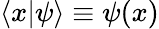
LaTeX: \langle x|\psi\rangle\equiv\psi(x)